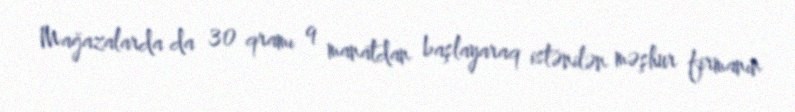
Mağazalarda da 30 qramı 9 manatdan başlayaraq istənilən məşhur firmanın